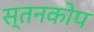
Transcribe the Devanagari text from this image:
स्तनकोप